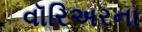
વૉરિઅરના